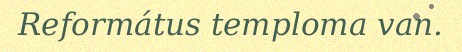
Református temploma van.